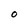
Character: O